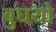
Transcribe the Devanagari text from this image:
बुघयो